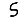
Digit: 5